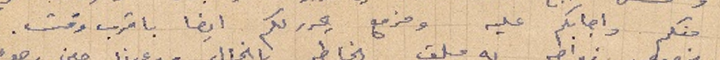
منكم واجابكم عليه ومزمع يحررلكم ايضا باقرب وقت.